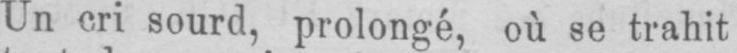
Un cri sourd, prolongé, où se trahit